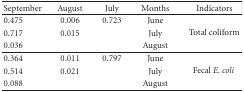
<table><thead><tr><td><b>September</b></td><td><b>August</b></td><td><b>July</b></td><td><b>Months</b></td><td><b>Indicators</b></td></tr></thead><tbody><tr><td>0.475</td><td>0.006</td><td>0.723</td><td>June</td><td rowspan="3">Total coliform</td></tr><tr><td>0.717</td><td>0.015</td><td> </td><td>July</td></tr><tr><td>0.036</td><td> </td><td> </td><td>August</td></tr><tr><td>0.364</td><td>0.011</td><td>0.797</td><td>June</td><td rowspan="3">Fecal <i>E</i>. <i>coli </i></td></tr><tr><td>0.514</td><td>0.021</td><td> </td><td>July</td></tr><tr><td>0.088</td><td> </td><td> </td><td>August</td></tr></tbody></table>